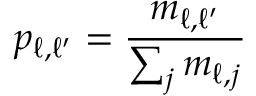
p _ { \ell , \ell ^ { \prime } } = \frac { m _ { \ell , \ell ^ { \prime } } } { \sum _ { j } m _ { \ell , j } }